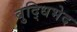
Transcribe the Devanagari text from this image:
बुद्धिभेद